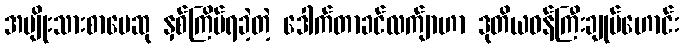
အမျိုးသားစာပေဆု နှစ်ကြိမ်ရခဲ့တဲ့ ဒေါက်တာခင်လက်ျာဟာ ဒုတိယဝန်ကြီးချုပ်ဟောင်း